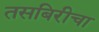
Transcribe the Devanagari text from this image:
तसबिरीचा